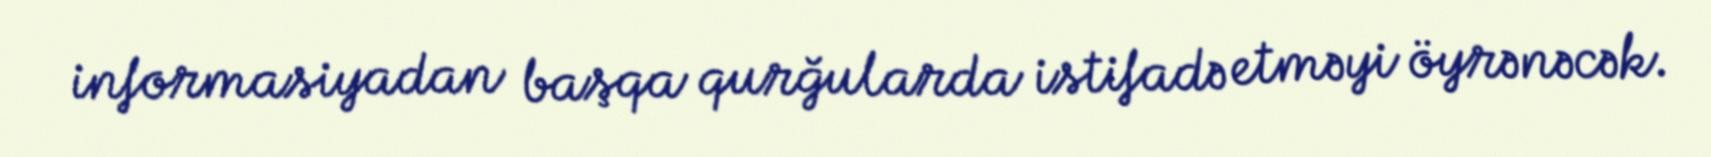
informasiyadan başqa qurğularda istifadə etməyi öyrənəcək.